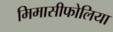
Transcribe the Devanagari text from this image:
मिमासीफोलिया